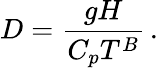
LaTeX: D=\frac{gH}{C_{p}T^{B}}\, .